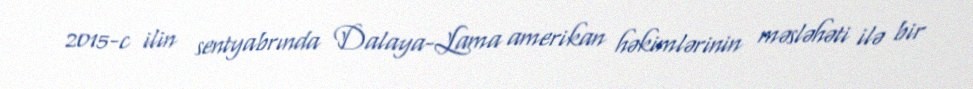
2015-c ilin sentyabrında Dalaya-Lama amerikan həkimlərinin məsləhəti ilə bir